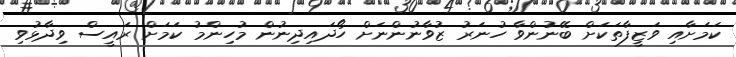
ކަމަށާއި ވަޒީފާތަކަށް ބޭނުންވާ ހުނަރު ޒުވާނުންނަށް ހޯދައިދިނުން މުހިންމު ކަމަށް ރައީސް ވިދާޅުވި